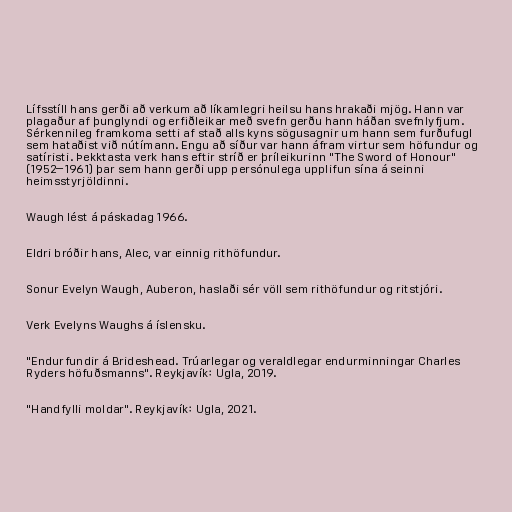
Lífsstíll hans gerði að verkum að líkamlegri heilsu hans hrakaði mjög. Hann var
plagaður af þunglyndi og erfiðleikar með svefn gerðu hann háðan svefnlyfjum.
Sérkennileg framkoma setti af stað alls kyns sögusagnir um hann sem furðufugl
sem hataðist við nútímann. Engu að síður var hann áfram virtur sem höfundur og
satíristi. Þekktasta verk hans eftir stríð er þríleikurinn "The Sword of Honour"
(1952–1961) þar sem hann gerði upp persónulega upplifun sína á seinni
heimsstyrjöldinni.

Waugh lést á páskadag 1966.

Eldri bróðir hans, Alec, var einnig rithöfundur.

Sonur Evelyn Waugh, Auberon, haslaði sér völl sem rithöfundur og ritstjóri.

Verk Evelyns Waughs á íslensku.

"Endurfundir á Brideshead. Trúarlegar og veraldlegar endurminningar Charles
Ryders höfuðsmanns". Reykjavík: Ugla, 2019.

"Handfylli moldar". Reykjavík: Ugla, 2021.